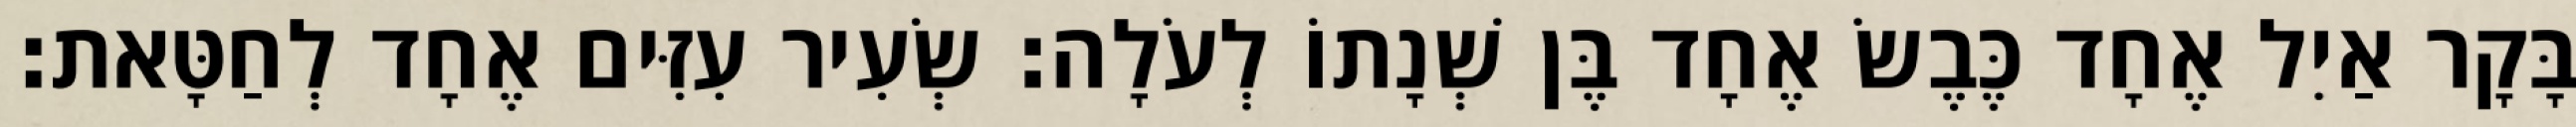
בָּקָר אַיִל אֶחָד כֶּבֶשׂ אֶחָד בֶּן שְׁנָתוֹ לְעֹלָה׃ שְׂעִיר עִזִּים אֶחָד לְחַטָּאת׃